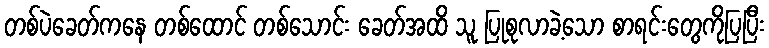
တစ်ပဲခေတ်ကနေ တစ်ထောင် တစ်သောင်း ခေတ်အထိ သူ ပြုစုလာခဲ့သော စာရင်းတွေကိုပြပြီး